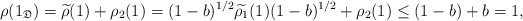
\begin{align*}\rho(1_\mathfrak{D}) = \widetilde{\rho}(1) + \rho_2(1) = (1-b)^{1/2}\widetilde{\rho_1}(1) (1-b)^{1/2} + \rho_2(1) \leq (1-b) + b =1, \end{align*}